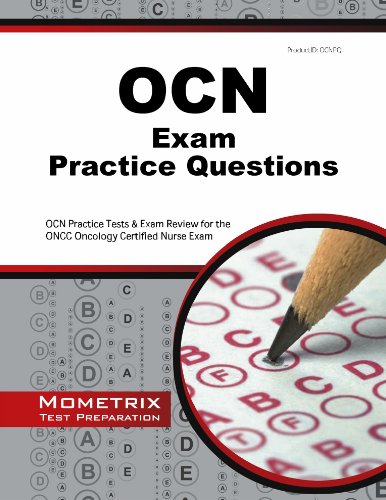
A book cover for OCN Exam Practice Questions: OCN Practice Tests & Exam Review for the ONCC Oncology Certified Nurse Exam; OCN Exam Secrets Test Prep Team; Medical Books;